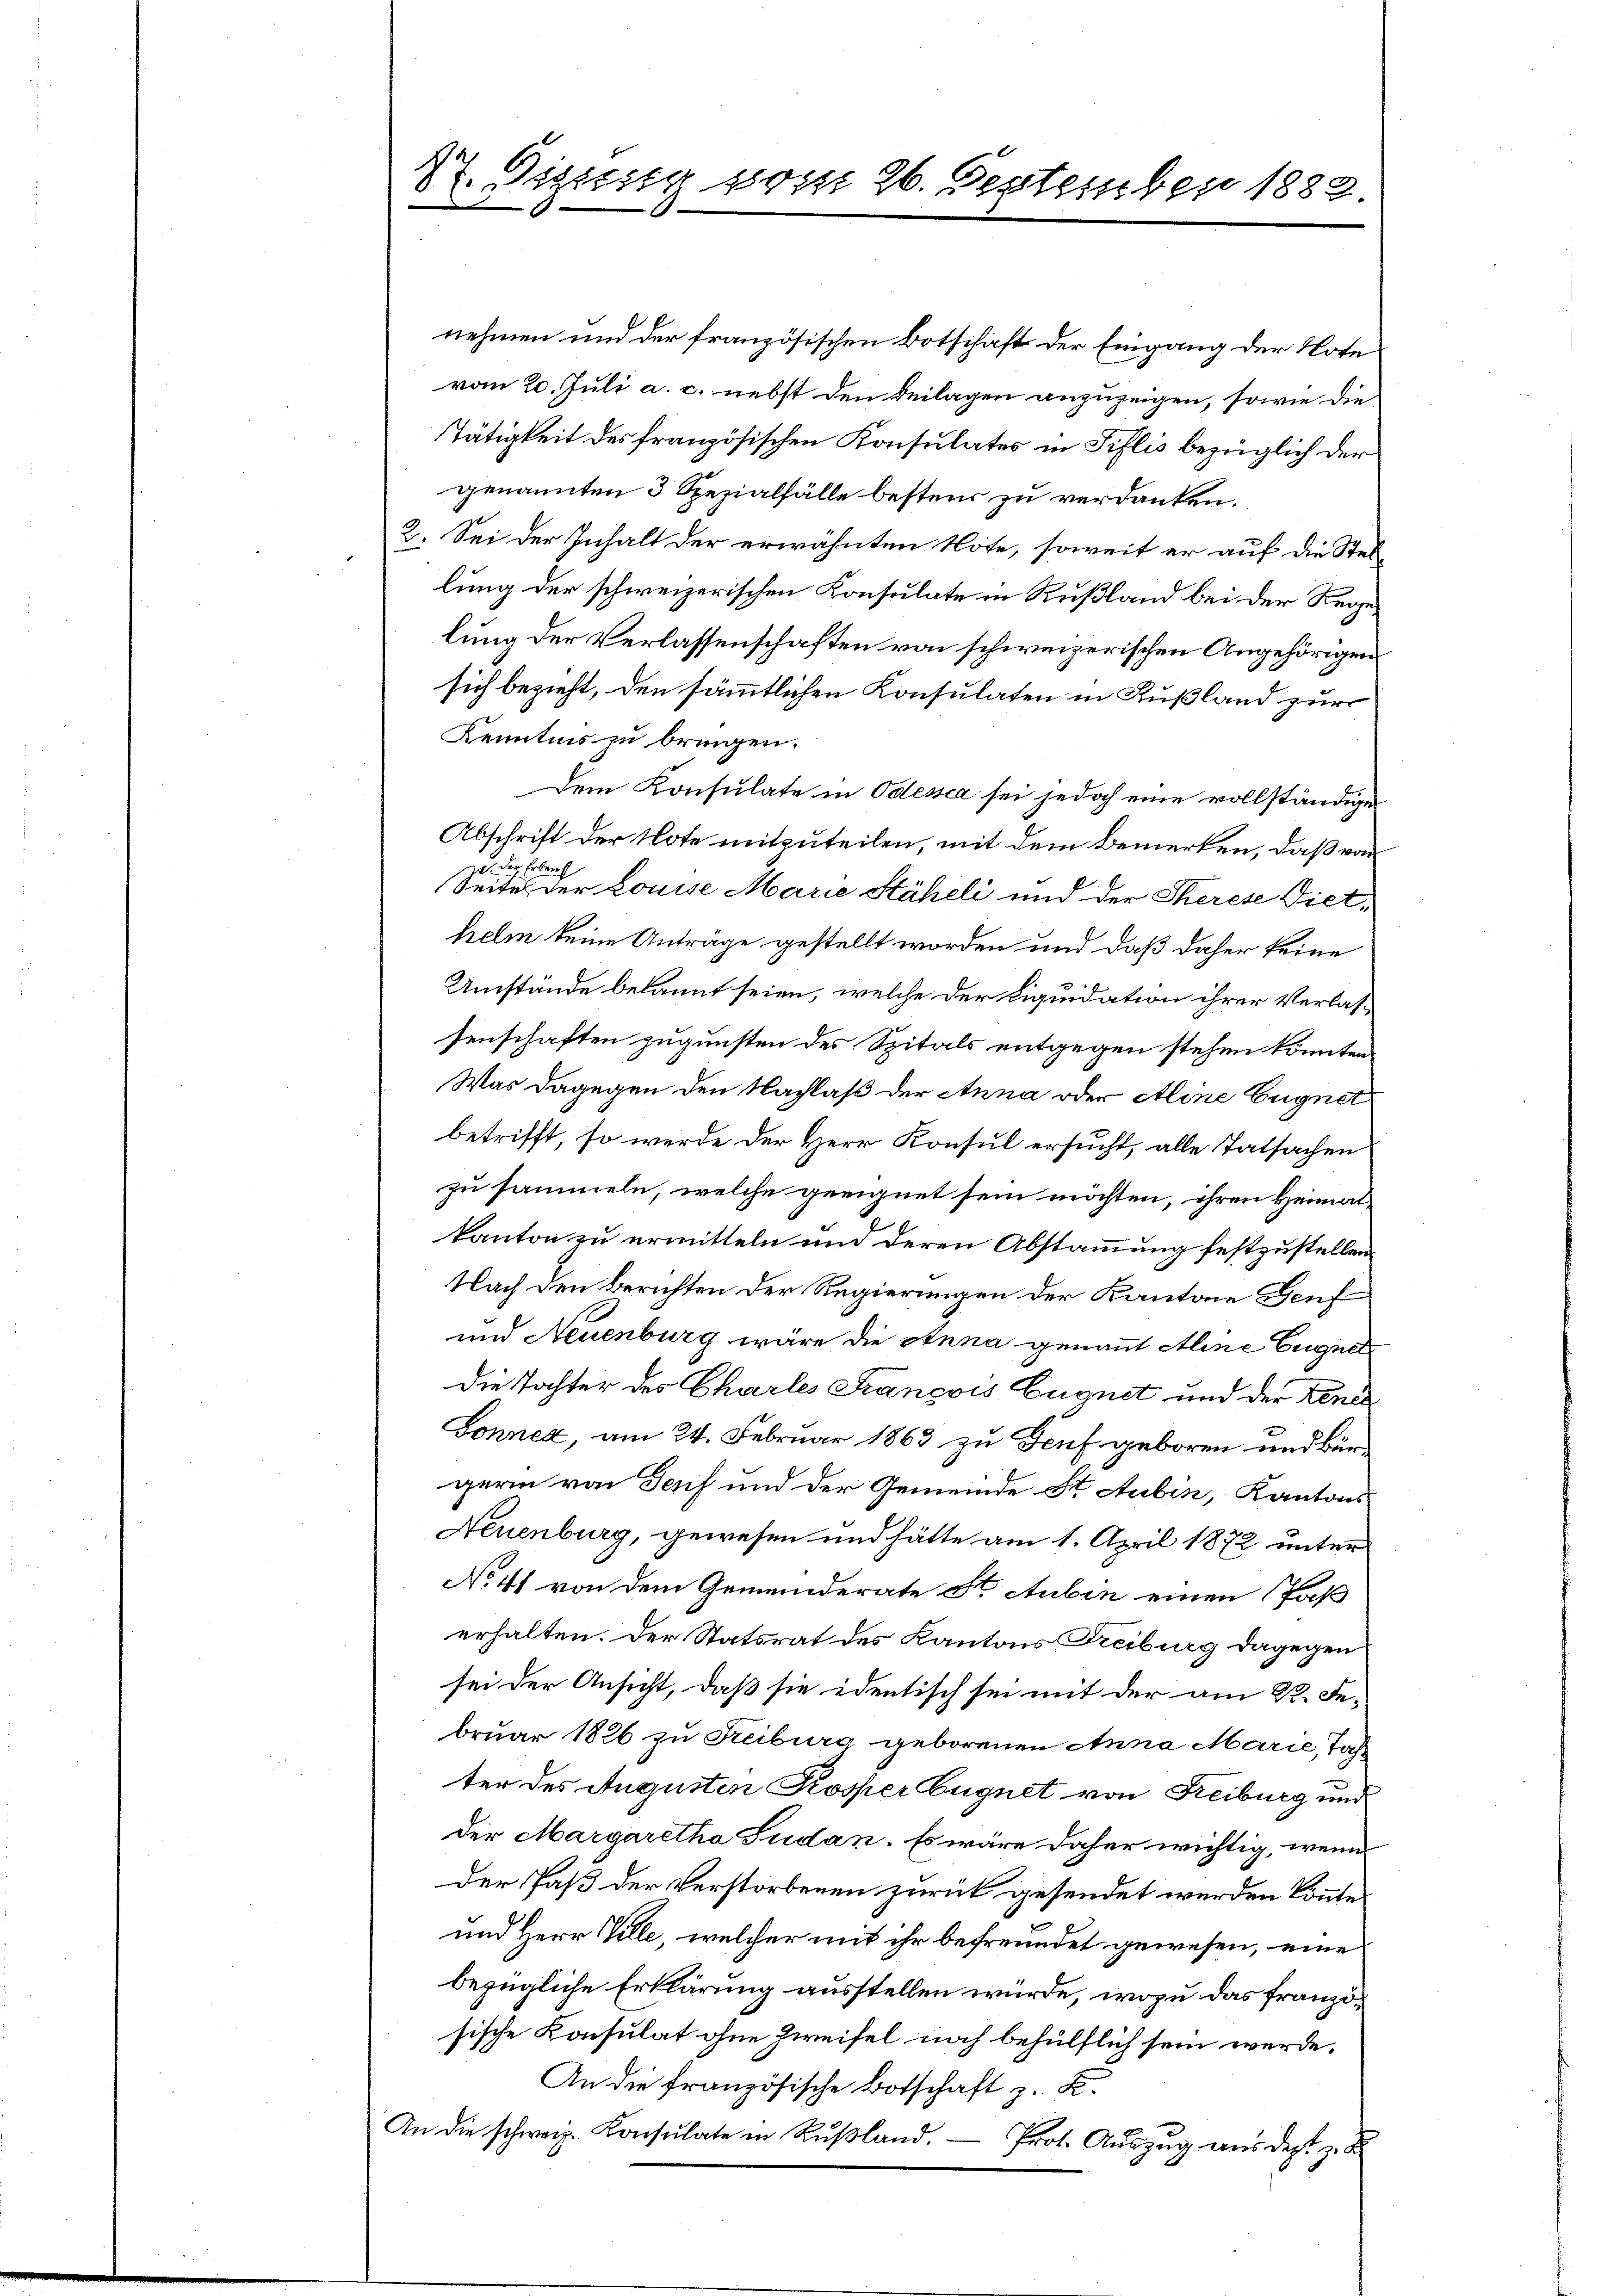
27. Dissesig vom 26. September 1882.

nehmen und der französischen Botschaft der Eingang der Note
vom 20. Juli a. c. nebst den Beilagen anzuzeigen, sowie die
Tätigkeit des französischen Konsulates in Tillis bezüglich der
genannten 3 Rezialfälle bestens zu verdanken.
2. Sei der Inhalt der erwähnten Note, soweit er auf die Stel-
lung der schweizerischen Konsulate in Rußland bei der Regelung der Verlassenschaften von schweizerischen Angehörigen
sich bezieht, den sämmtlichen Konsulaten in Rußland zur
Kenntnis zu bringen.
Dem Konsulate in Odesca sei jedoch eine vollständiger
Abschrift der Note mitzuteilen, mit dem Bemerken, daß von
zu der Erben
Seite der Louise Marie Stäheli und der Sterese Diethelm keine Anträge gestellt worden und daß daher keine
Umstände bekannt seien, welche der Liquidation ihrer Verlassenschaften zugunsten des Spitals entgegen stehen könnten
Was dagegen den Nachlaß der Anna oder Aline Eugnet
betrifft, so werde der Herr Konsul ersucht, alle Tatsachen
zu sammeln, welche geeignet sein möchten, ihren Heimatkanton zu ermitteln und deren Abstammung festzustellen.
Nach den Berichten der Regierungen der Kantone Genf
und Neuenburg wäre die Anna genannt Aline Eugnet
Die Tochter des Charles Francois Eugnet und der Tende
Gonnez, am 24. Februar 1863 zu Genf geboren und bürgerin von Genf und der Gemeinde St. Stuben, Kantons
Neuenburg, gewesen und hätte am 1. April 1872 unter
No 41 von dem Gemeinderate St. Aubin einen Paß
erhalten. Der Statsrat des Kantons Freiburg dagegen
sei der Ansicht, daß sie identisch sei mit der am R. Februar 1826 zu Reiburg geborenen Anna Marie, Jahter des Augusten Koster Eugnet von Freiburg und
der Margaretha Sudan. Es wäre daher wichtig, wenn
Der Paß der Verstorbenen zurück gesendet werden könnte,
und Herr Ville, welcher mit ihr befreundet gewesen, eine
bezügliche Erklärung ausstellen würde, wozu das französische Konsulat ohne Zweifel noch behülflich sein werde,
An die französische Botschaft z. B.
An die schweiz. Konsulate in Rŭβland.
Prot. Auszug aus des zu d